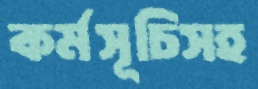
কর্মসূচিসহ